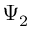
\Psi _ { 2 }